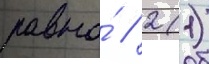
равна́ // 2 (1)